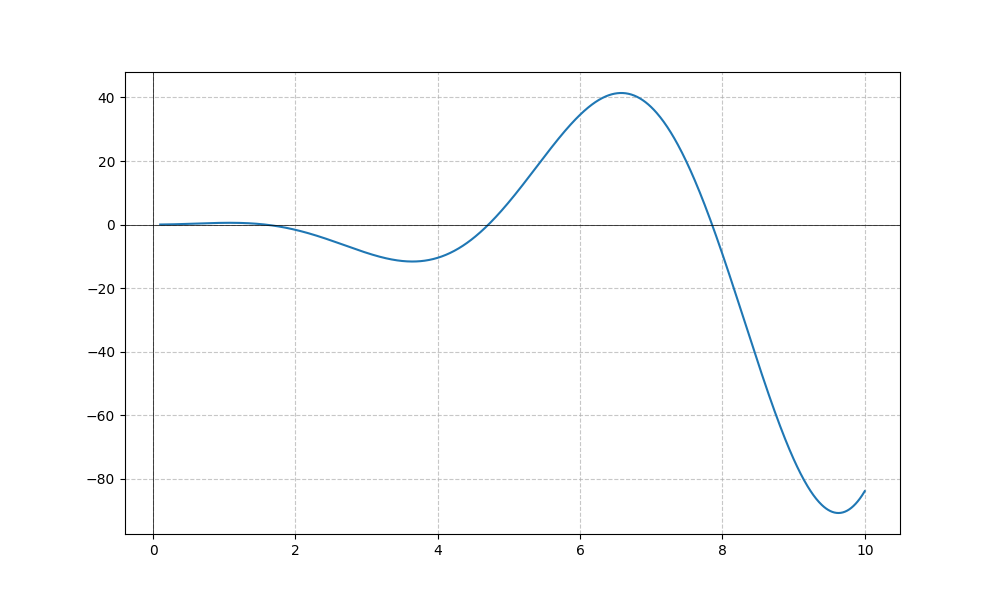
LaTeX formula: x^{2} \cos{\left(x \right)}